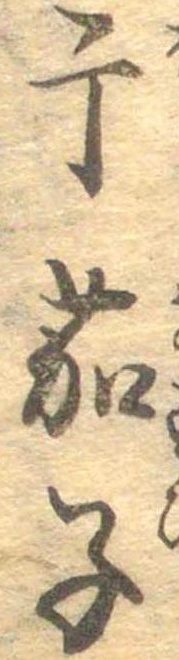
干茄子